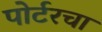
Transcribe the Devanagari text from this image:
पोर्टरचा